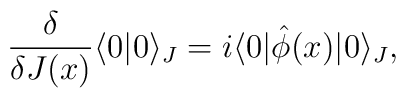
\frac{\delta}{\delta J(x)}\langle 0|0\rangle_{J}=i\langle 0|\hat{\phi}(x)|0\rangle_{J},